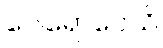
ဝေါရောပေသိ